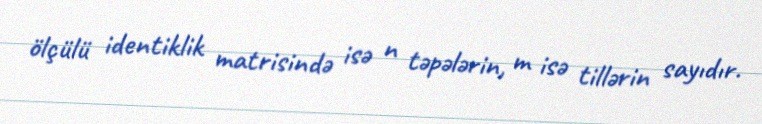
ölçülü identiklik matrisində isə n təpələrin, m isə tillərin sayıdır.